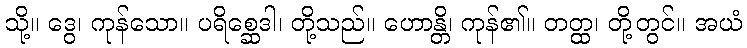
သို့။ ဒွေ၊ ကုန်သော။ ပရိစ္ဆေဒါ၊ တို့သည်။ ဟောန္တိ၊ ကုန်၏။ တတ္ထ၊ တို့တွင်။ အယံ